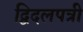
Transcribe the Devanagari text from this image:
द्विदलपत्री